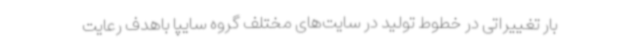
بار تغییراتی در خطوط تولید در سایت‌های مختلف گروه سایپا باهدف رعایت